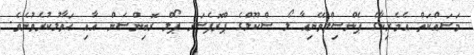
މަސައްކަތް އެމެރިކާގެ ޕެންސިލްވޭނިއާ ލޯ ސްކޫލްގެ ޕްރޮފެސަރ ޕޯލް ރޮބިންސަން އާއި ޙަވާލުކުރެވުނެވެ.